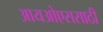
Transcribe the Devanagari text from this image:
आयओएससाठी